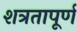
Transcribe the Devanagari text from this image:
शत्रतापूर्ण